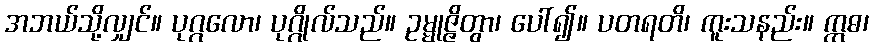
အဘယ်သို့လျှင်။ ပုဂ္ဂလော၊ ပုဂ္ဂိုလ်သည်။ ဥမ္မုဇ္ဇိတွာ၊ ပေါ်၍။ ပတရတိ၊ ကူးသနည်း။ ဣဓ၊